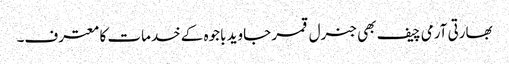
بھارتی آرمی چیف بھی جنرل قمر جاوید باجوہ کے خدمات کا معترف۔